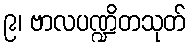
၉၊ ဗာလပဏ္ဍိတသုတ်